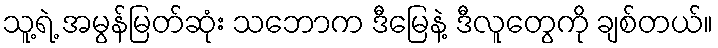
သူ့ရဲ့ အမွန်မြတ်ဆုံး သဘောက ဒီမြေနဲ့ ဒီလူတွေကို ချစ်တယ်။